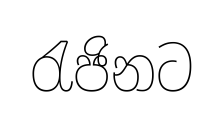
රැජිනට